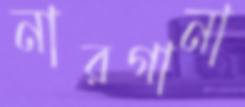
নারগানা